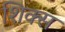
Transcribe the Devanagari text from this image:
शिक्स